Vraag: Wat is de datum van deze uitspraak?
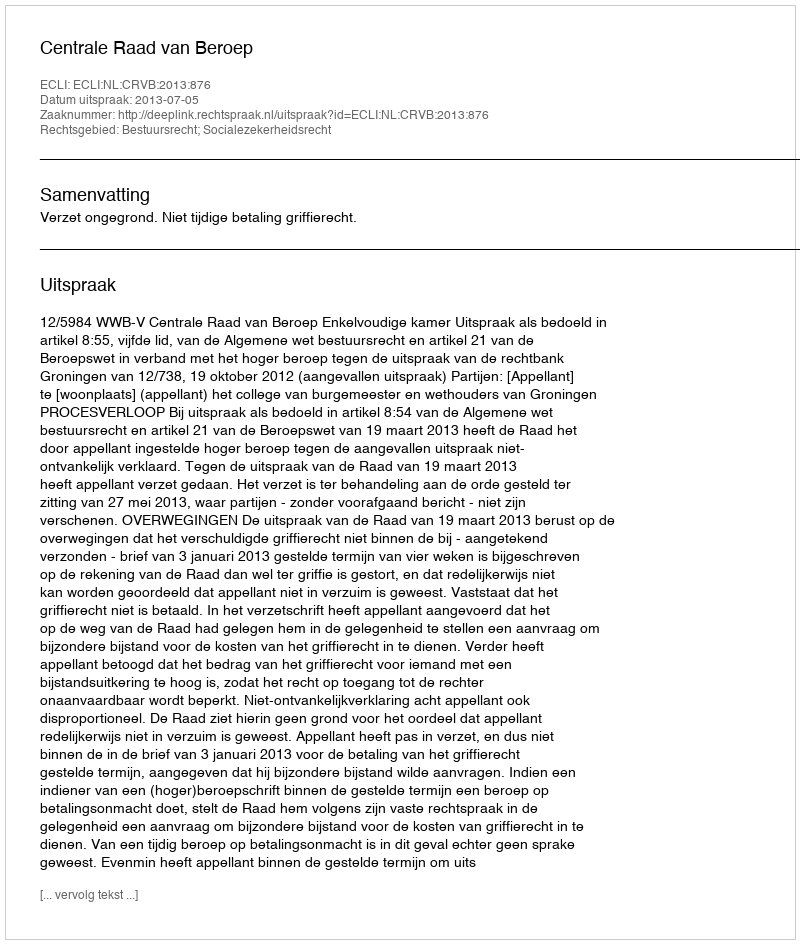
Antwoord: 2013-07-05